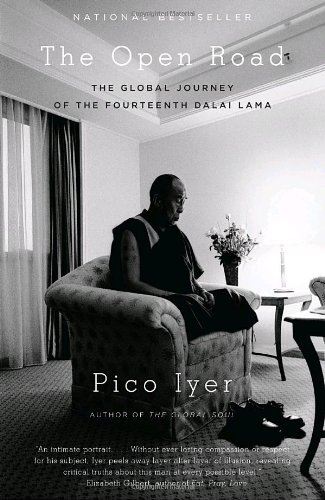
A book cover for The Open Road: The Global Journey of the Fourteenth Dalai Lama (Vintage Departures); Pico Iyer; Religion & Spirituality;